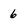
Character: 6